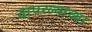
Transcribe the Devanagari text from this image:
वापरल्याच्या